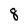
Character: 8